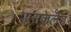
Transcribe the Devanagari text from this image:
एसकेलेड